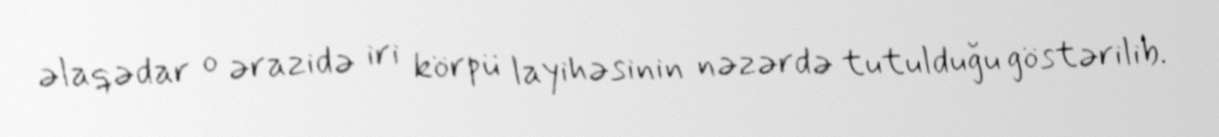
əlaqədar o ərazidə iri körpü layihəsinin nəzərdə tutulduğu göstərilib.